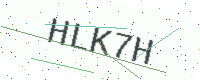
Text: HLK7H